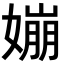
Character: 𡡈